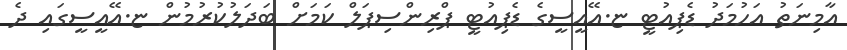
އާމިނަތު އަހުމަދު ޑެޕިއުޓީ ޏ.އޭއީސީގެ ޑެޕިއުޓީ ޕްރިންސިޕަލް ކަމަށް ބަދަލުކުރުމުން ޏ.އޭއީސީގައި ދެ